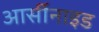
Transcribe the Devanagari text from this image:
आर्सीनाइड